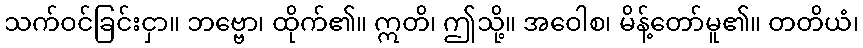
သက်ဝင်ခြင်းငှာ။ ဘဗ္ဗော၊ ထိုက်၏။ ဣတိ၊ ဤသို့။ အဝေါစ၊ မိန့်တော်မူ၏။ တတိယံ၊